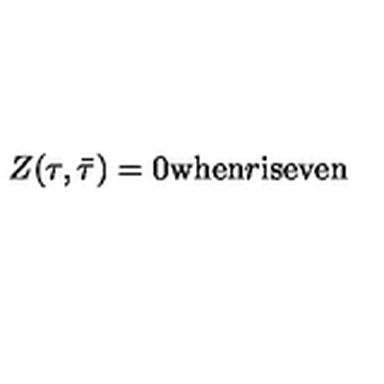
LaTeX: Z ( \tau , \bar { \tau } ) = 0 \mathrm { w h e n } r \mathrm { i s e v e n }